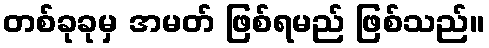
တစ်ခုခုမှ အမတ် ဖြစ်ရမည် ဖြစ်သည်။